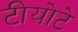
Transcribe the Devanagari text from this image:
टीयोटे